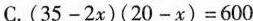
C. $$( 3 5 - 2 x ) ( 2 0 - x ) = 6 0 0$$